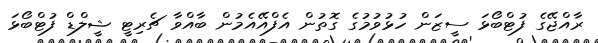
ރާއްޖޭގެ ފުޓްބޯޅަ ސީޒަން ހުޅުވުމުގެ ގޮތުން އެފްއޭއެމުން ބާއްވާ ޗެރިޓީ ޝީލްޑް ފުޓްބޯޅަ